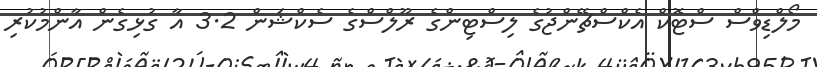
މޯލްޑިވްސް ސްޓޮކް އެކްސްޗޭންޖުގެ ލިސްޓިންގެ ރޫލްސްގެ ސެކްޝަން 3.2 އާ ގުޅިގެން އާންމުކުރި